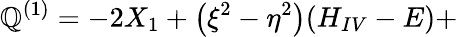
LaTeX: \mathbb{Q}^{(1)}=-2X_{1}+\left(\xi^{2}-\eta^{2}\right)(H_{IV}-E)+